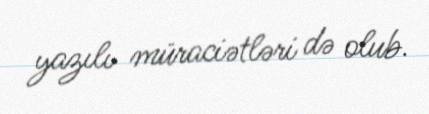
yazılı müraciətləri də olub.